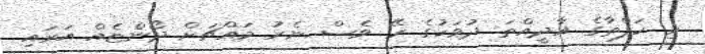
މި ހަފްތާގެ އާދީއްތަ ދުވަހުގެ ރޭ ވެސް ނެރު މައްޗަށް ދޯންޏެއް އަރައި